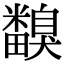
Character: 𥽙